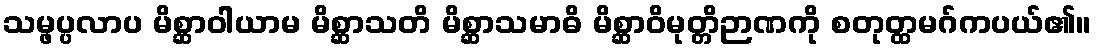
သမ္ဖပ္ပလာပ မိစ္ဆာဝါယာမ မိစ္ဆာသတိ မိစ္ဆာသမာဓိ မိစ္ဆာဝိမုတ္တိဉာဏကို စတုတ္ထမဂ်ကပယ်၏။